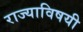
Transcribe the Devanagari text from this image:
राज्याविषयी